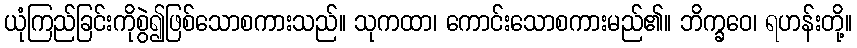
ယုံကြည်ခြင်းကိုစွဲ၍ဖြစ်သောစကားသည်။ သုကထာ၊ ကောင်းသောစကားမည်၏။ ဘိက္ခဝေ၊ ရဟန်းတို့။